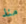
منذ